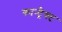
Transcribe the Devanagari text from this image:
कान्ट्रैक्ट